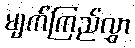
မျက်ကြည်လွှာ